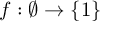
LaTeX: f : \emptyset \to \{ 1 \}